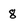
Character: 8